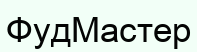
ФудМастер